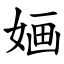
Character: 婳